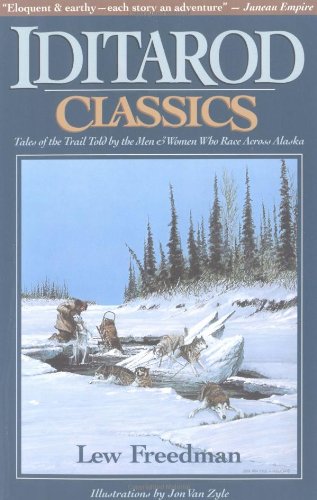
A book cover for Iditarod Classics: Tales of the Trail Told by the Men & Women Who Race Across Alaska; Lew Freedman; Sports & Outdoors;